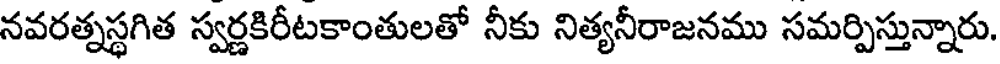
నవరత్నస్థగిత స్వర్ణకిరీటకాంతులతో నీకు నిత్యనీరాజనము సమర్పిస్తున్నారు.